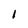
Character: i